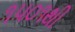
૧૫૦૧થી